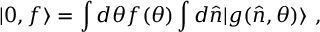
| 0 , f \rangle = \int d \theta f ( \theta ) \int d \hat { n } | g ( \hat { n } , \theta ) \rangle ~ ,